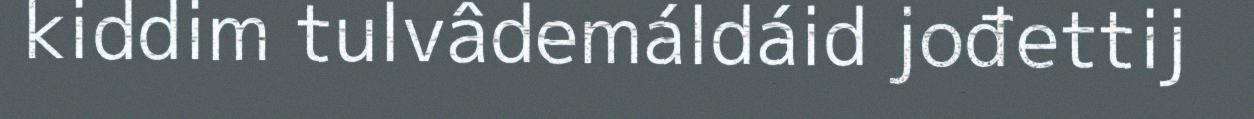
kiddim tulvâdemáldáid jođettij